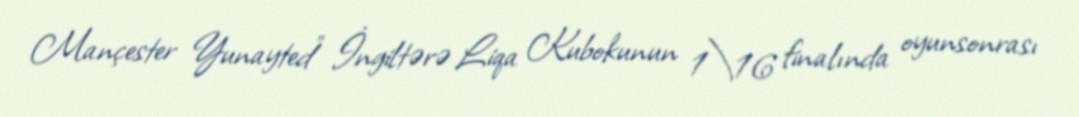
Mançester Yunayted" İngiltərə Liqa Kubokunun 1\16 finalında oyunsonrası